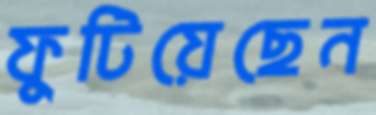
ফুটিয়েছেন